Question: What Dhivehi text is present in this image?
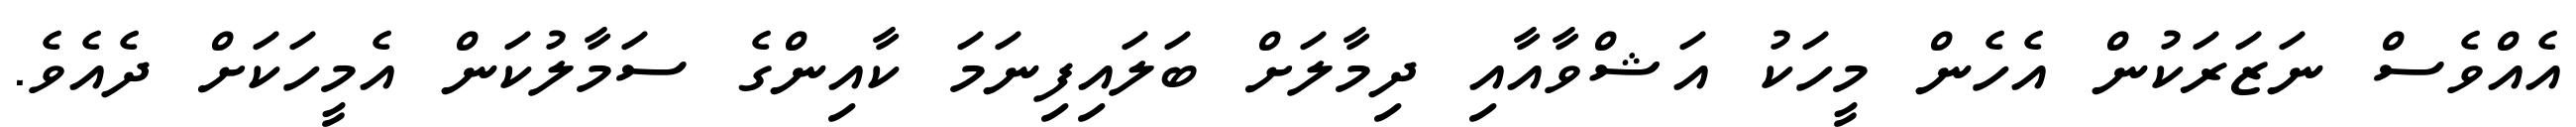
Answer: އެއްވެސް ނަޒަރަކުން އެހެން މީހަކު އަޝްވާއާއި ދިމާލަށް ބަލައިފިނަމަ ކާއިންގެ ސަމާލުކަން އެމީހަކަށް ދެއެވެ.